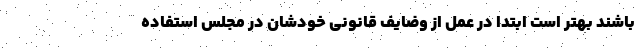
باشند بهتر است ابتدا در عمل از وضایف قانونی خودشان در مجلس استفاده